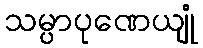
သမ္ပာပုဏေယျုံ